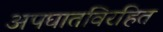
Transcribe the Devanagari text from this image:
अपघातविरहित